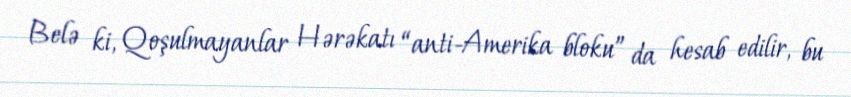
Belə ki, Qoşulmayanlar Hərəkatı “anti-Amerika bloku” da hesab edilir, bu